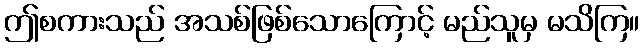
ဤစကားသည် အသစ်ဖြစ်သောကြောင့် မည်သူမှ မသိကြ။